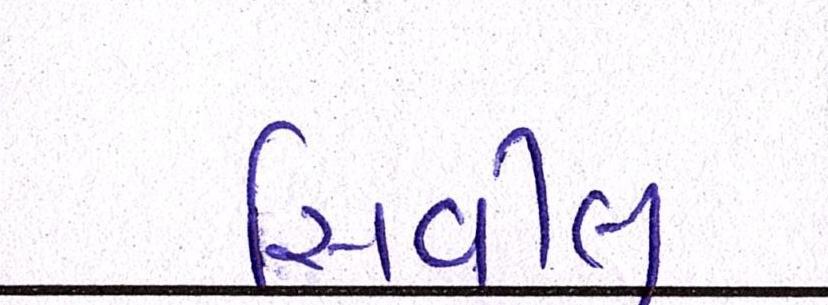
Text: સિવીલ